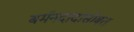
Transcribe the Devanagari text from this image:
बर्मनदादांसोबत